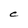
Character: C